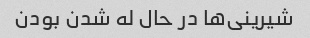
شیرینی‌ها در حال له شدن بودن